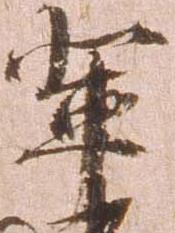
輩